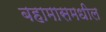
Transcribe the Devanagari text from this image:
बहामासमधील